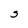
Character: S